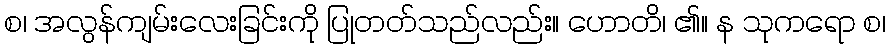
စ၊ အလွန်ကျမ်းလေးခြင်းကို ပြုတတ်သည်လည်း။ ဟောတိ၊ ၏။ န သုကရော စ၊